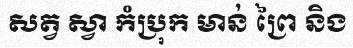
សត្វ ស្វា កំប្រុក មាន់ ព្រៃ និង